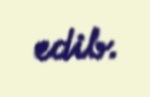
edib.